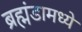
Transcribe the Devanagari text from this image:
ब्रह्मंडामध्ये